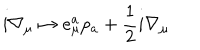
i \nabla _ { \mu } \mapsto e _ { \mu } ^ { a } p _ { a } + \frac { 1 } { 2 } i \nabla _ { \mu }